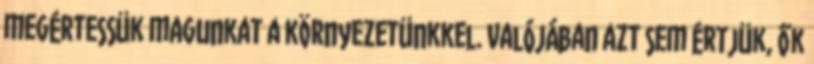
megértessük magunkat a környezetünkkel. Valójában azt sem értjük, ők